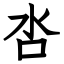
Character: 呇